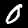
Digit: 0